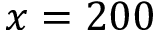
x = 2 0 0